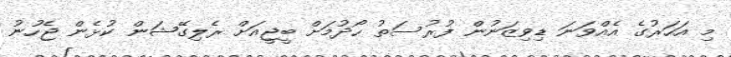
މި އަހަރުގެ އެއްވަނަ ޑިވިޒަނުން ފުރުސަތު ހޯދުމަށް ބީޖީއަށް ރެލިގޭޝަން ކުޅެން ޖެހުނު